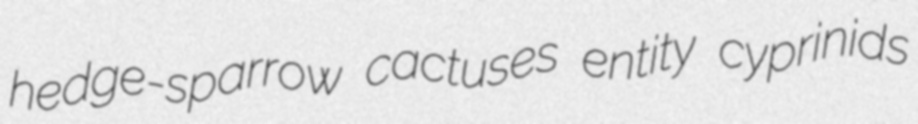
hedge-sparrow cactuses entity cyprinids